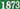
1873